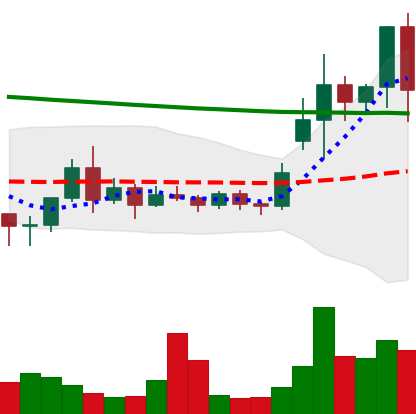
Ticker: ETC-USD
Chart end date: 2020-11-22
Forward return: 3.029%
Label: up_3_5